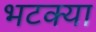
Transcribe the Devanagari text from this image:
भटक्‍या